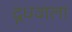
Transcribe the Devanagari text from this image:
दूधवाला